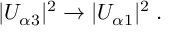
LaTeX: | U _ { \alpha 3 } | ^ { 2 } \to | U _ { \alpha 1 } | ^ { 2 } \; .